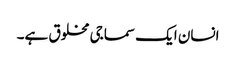
انسان ایک سماجی مخلوق ہے۔